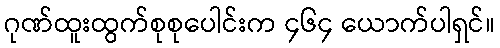
ဂုဏ်ထူးထွက်စုစုပေါင်းက ၄၆၄ ယောက်ပါရှင်။